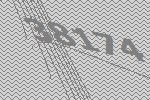
38174